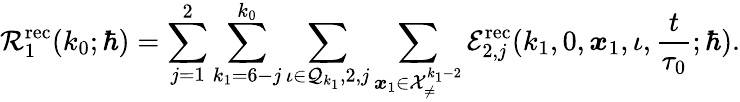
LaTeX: \mathcal{R}_{1}^{\mathrm{rec}}(k_{0};\hbar)=\sum_{j=1}^{2}\sum_{k_{1}=6-j}^{k_{0}}\sum_{\iota\in\mathcal{Q}_{k_{1}},2,j}\sum_{\boldsymbol{x}_{1}\in\mathcal{X}_{\neq}^{k_{1}-2}}\mathcal{E}_{2,j}^{\mathrm{rec}}(k_{1},0,\boldsymbol{x}_{1},\iota,\frac{t}{\tau_{0}};\hbar).